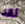
لقد